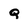
Character: q